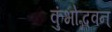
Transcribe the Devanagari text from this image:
कुंभोद्भवन्